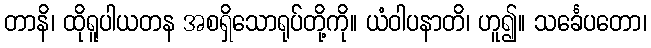
တာနိ၊ ထိုရူပါယတန အစရှိသောရုပ်တို့ကို။ ယံဝါပနာတိ၊ ဟူ၍။ သင်္ခေပတော၊